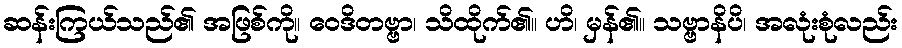
ဆန်းကြယ်သည်၏ အဖြစ်ကို။ ဝေဒိတဗ္ဗာ၊ သိထိုက်၏။ ဟိ၊ မှန်၏။ သဗ္ဗာနိပိ၊ အလုံးစုံလည်း